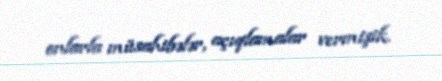
onlarla müsahibələr, açıqlamalar vermişik.